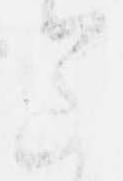
意